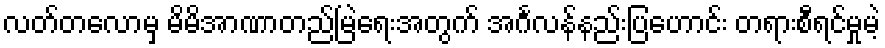
လတ်တလောမှ မိမိအာဏာတည်မြဲရေးအတွက် အင်္ဂလန်နည်းပြဟောင်း တရားစီရင်မှုမဲ့